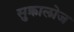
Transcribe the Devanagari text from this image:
सुक्रालोज